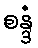
စန္ဒံ